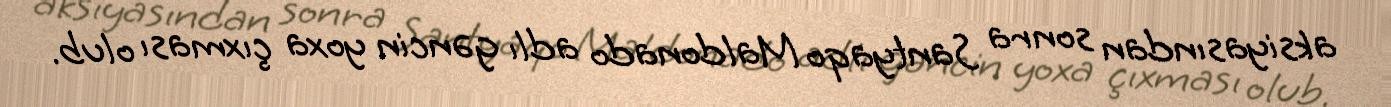
aksiyasından sonra Santyaqo Maldonado adlı gəncin yoxa çıxması olub.